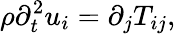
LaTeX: \rho\partial_{t}^{2}u_{i}=\partial_{j}T_{ij},